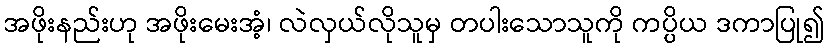
အဖိုးနည်းဟု အဖိုးမေးအံ့၊ လဲလှယ်လိုသူမှ တပါးသောသူကို ကပ္ပိယ ဒကာပြု၍